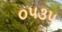
૦૫૩૫